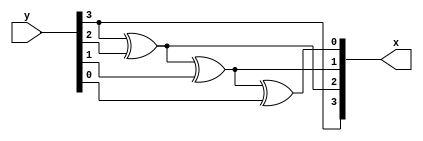
module g2b (
    input [3:0]y, output [3:0]x
);
    assign x[3] = y[3];
    assign x[2] = x[3]^y[2];
    assign x[1] = x[2]^y[1];
    assign x[0] = x[1]^y[0];
endmodule